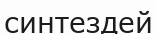
синтездей